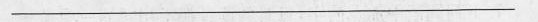
___